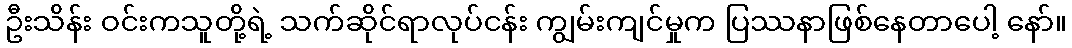
ဦးသိန်း ဝင်းကသူတို့ရဲ့ သက်ဆိုင်ရာလုပ်ငန်း ကျွမ်းကျင်မှုက ပြဿနာဖြစ်နေတာပေါ့ နော်။